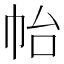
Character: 𭘚